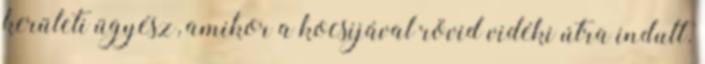
kerületi ügyész, amikor a kocsijával rövid vidéki útra indult.